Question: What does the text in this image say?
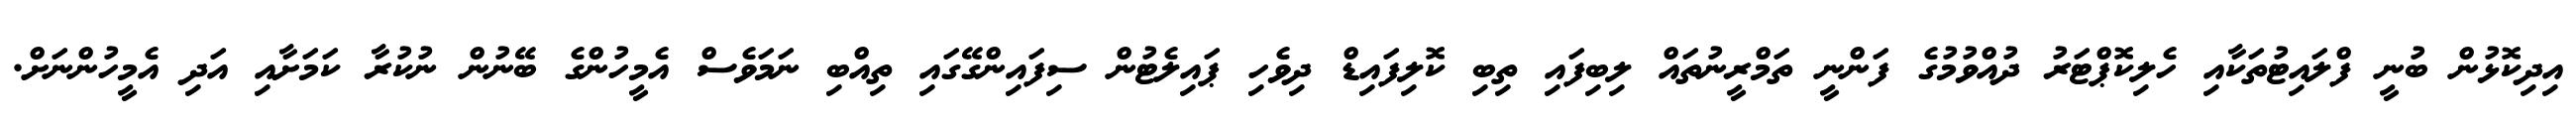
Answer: އިދިކޮޅުން ބުނީ ފްލައިޓުތަކާއި ހެލިކޮޕްޓަރު ދުއްވުމުގެ ފަންނީ ތަމްރީނުތައް ލިބިފައި ތިބި ކޮލިފައިޑް ދިވެހި ޕައިލެޓުން ސިފައިންގޭގައި ތިއްބި ނަމަވެސް އެމީހުންގެ ބޭނުން ނުކުރާ ކަމަށާއި އަދި އެމީހުންނަށް.